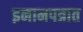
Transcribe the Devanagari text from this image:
इनामपत्रात